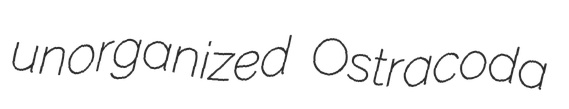
unorganized Ostracoda